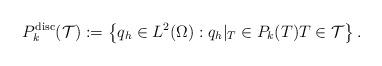
LaTeX: \begin{align*}{{P}}_k^{\mathrm{disc}}(\mathcal{T}):=\left\{q_h\in L^2(\Omega): q_h|_T\in P_k(T) T\in \mathcal{T}\right\}.\end{align*}